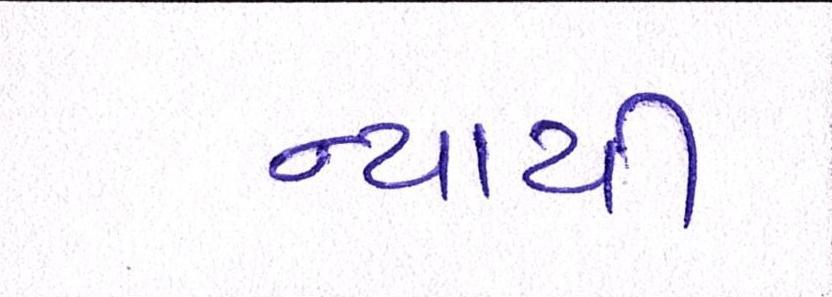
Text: ન્યાયી